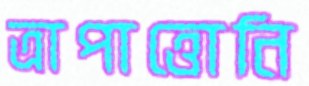
ত্রাপাত্তোনি